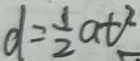
d = \frac { 1 } { 2 } a t ^ { 2 }